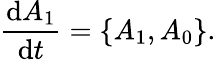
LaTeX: \frac{\mathrm{d}A_{1}}{\mathrm{d}t}=\{ A_{1},A_{0}\} .